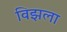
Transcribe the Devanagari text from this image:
विझला